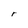
Character: r